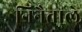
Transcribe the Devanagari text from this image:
निनैत्ताले